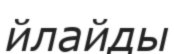
йлайды